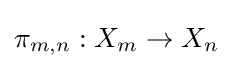
\pi _{m,n}:X_{m}\rightarrow X_{n}